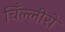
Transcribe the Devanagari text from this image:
चिँल्लीरो